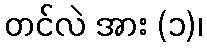
တင်လဲ အား (၁)၊